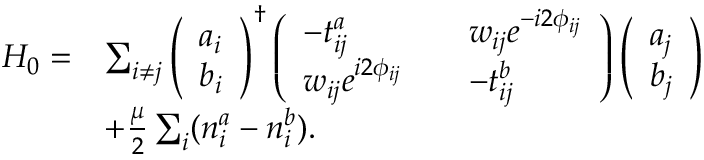
\begin{array} { r l } { H _ { 0 } = } & { \sum _ { i \neq j } \left( \begin{array} { l } { a _ { i } } \\ { b _ { i } } \end{array} \right) ^ { \dagger } \left( \begin{array} { l l l } { - t _ { i j } ^ { a } } & & { w _ { i j } e ^ { - i 2 \phi _ { i j } } } \\ { w _ { i j } e ^ { i 2 \phi _ { i j } } } & & { - t _ { i j } ^ { b } } \end{array} \right) \left( \begin{array} { l } { a _ { j } } \\ { b _ { j } } \end{array} \right) } \\ & { + \frac { \mu } { 2 } \sum _ { i } ( n _ { i } ^ { a } - n _ { i } ^ { b } ) . } \end{array}